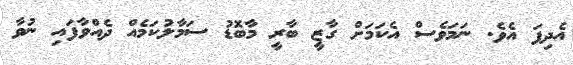
އެދިފަ އެވެ. ނަމަވެސް އެކަމަށް ގާޒީ ބާރީ މާބޮޑު ސަމާލުކަމެއް ދެއްވާފައި ނުވާ